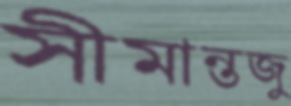
সীমান্তজু